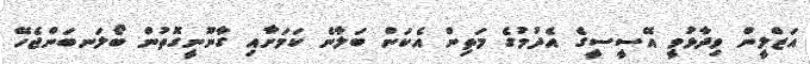
އަޒްލީން ވިދާޅުވީ އޭސީސީގެ އެދުމުގެ މަތިން އެކަން ބަލާނެ ކަމަށާއި ގާނޫނީގޮތުން ބޯލަނބަންޖެހޭ